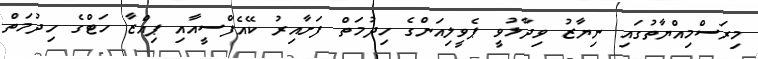
މިރަސްމިއްޔާތުގައި ނިޔާޒު ވިދާޅުވީ ޕެވީލިއަންގެ ހިދުމަތް ފަށާއިރު ކޭއެފްސީއާއި ޕިއްޒާ ހަޓްގެ ހިދުމަތް